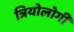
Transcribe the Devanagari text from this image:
त्रियोलोगी